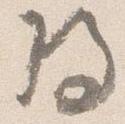
将